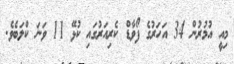
މިއީ އުމުރުން 34 އަހަރުގެ ފޯވާޑް ކެރިއަރުގައި ކުޅޭ 11 ވަނަ ކްލަބެވެ.